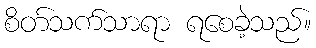
စိတ်သက်သာရာ ရစေခဲ့သည်။